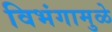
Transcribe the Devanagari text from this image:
विभंगामुळे